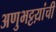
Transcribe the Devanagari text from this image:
अणुभट्टय़ांची